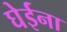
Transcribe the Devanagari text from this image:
घेईना